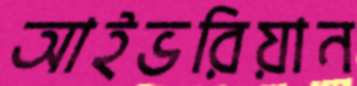
আইভরিয়ান